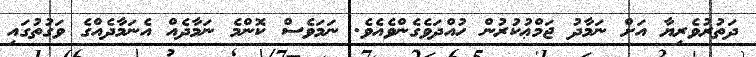
ދަތުރުވެރިޔާ އަށް ނަމާދު ޖަމްޢުކުރުން ހުއްދަވެގެންވެއެވެ. ނަމަވެސް ކޮންމެ ނަމާދެއް އެނަމާދެއްގެ ވަގުތުގައި